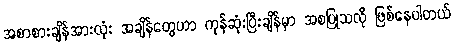
အစာစားချိန်အားလုံး အချိန်တွေဟာ ကုန်ဆုံးပြီးချိန်မှာ အစပြုသလို ဖြစ်နေပါတယ်